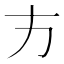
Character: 𭤧